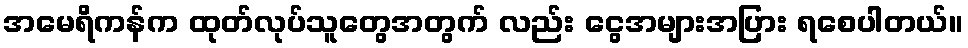
အမေရိကန်က ထုတ်လုပ်သူတွေအတွက် လည်း ငွေအများအပြား ရစေပါတယ်။